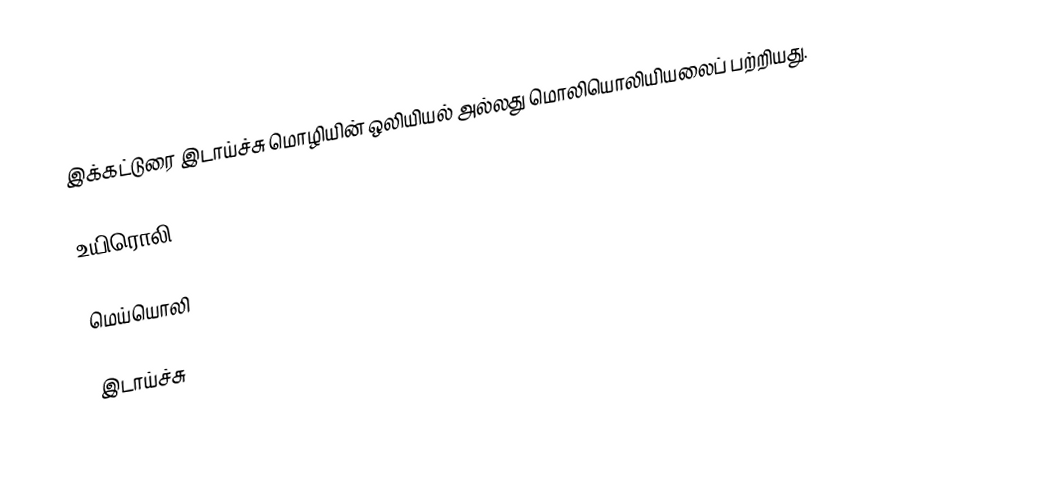
இக்கட்டுரை இடாய்ச்சு மொழியின் ஒலியியல் அல்லது மொலியொலியியலைப் பற்றியது.

உயிரொலி

மெய்யொலி

இடாய்ச்சு